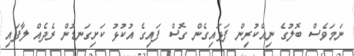
ނަމަވެސް ބޮލުގެ ނިއްކުރިން ފަޅައިގެން ގޮސް ފައިގެ އުކުޅު ކަށިގަނޑުން ރެދެއް ލާފައި